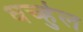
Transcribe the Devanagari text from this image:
धर्च्हुल